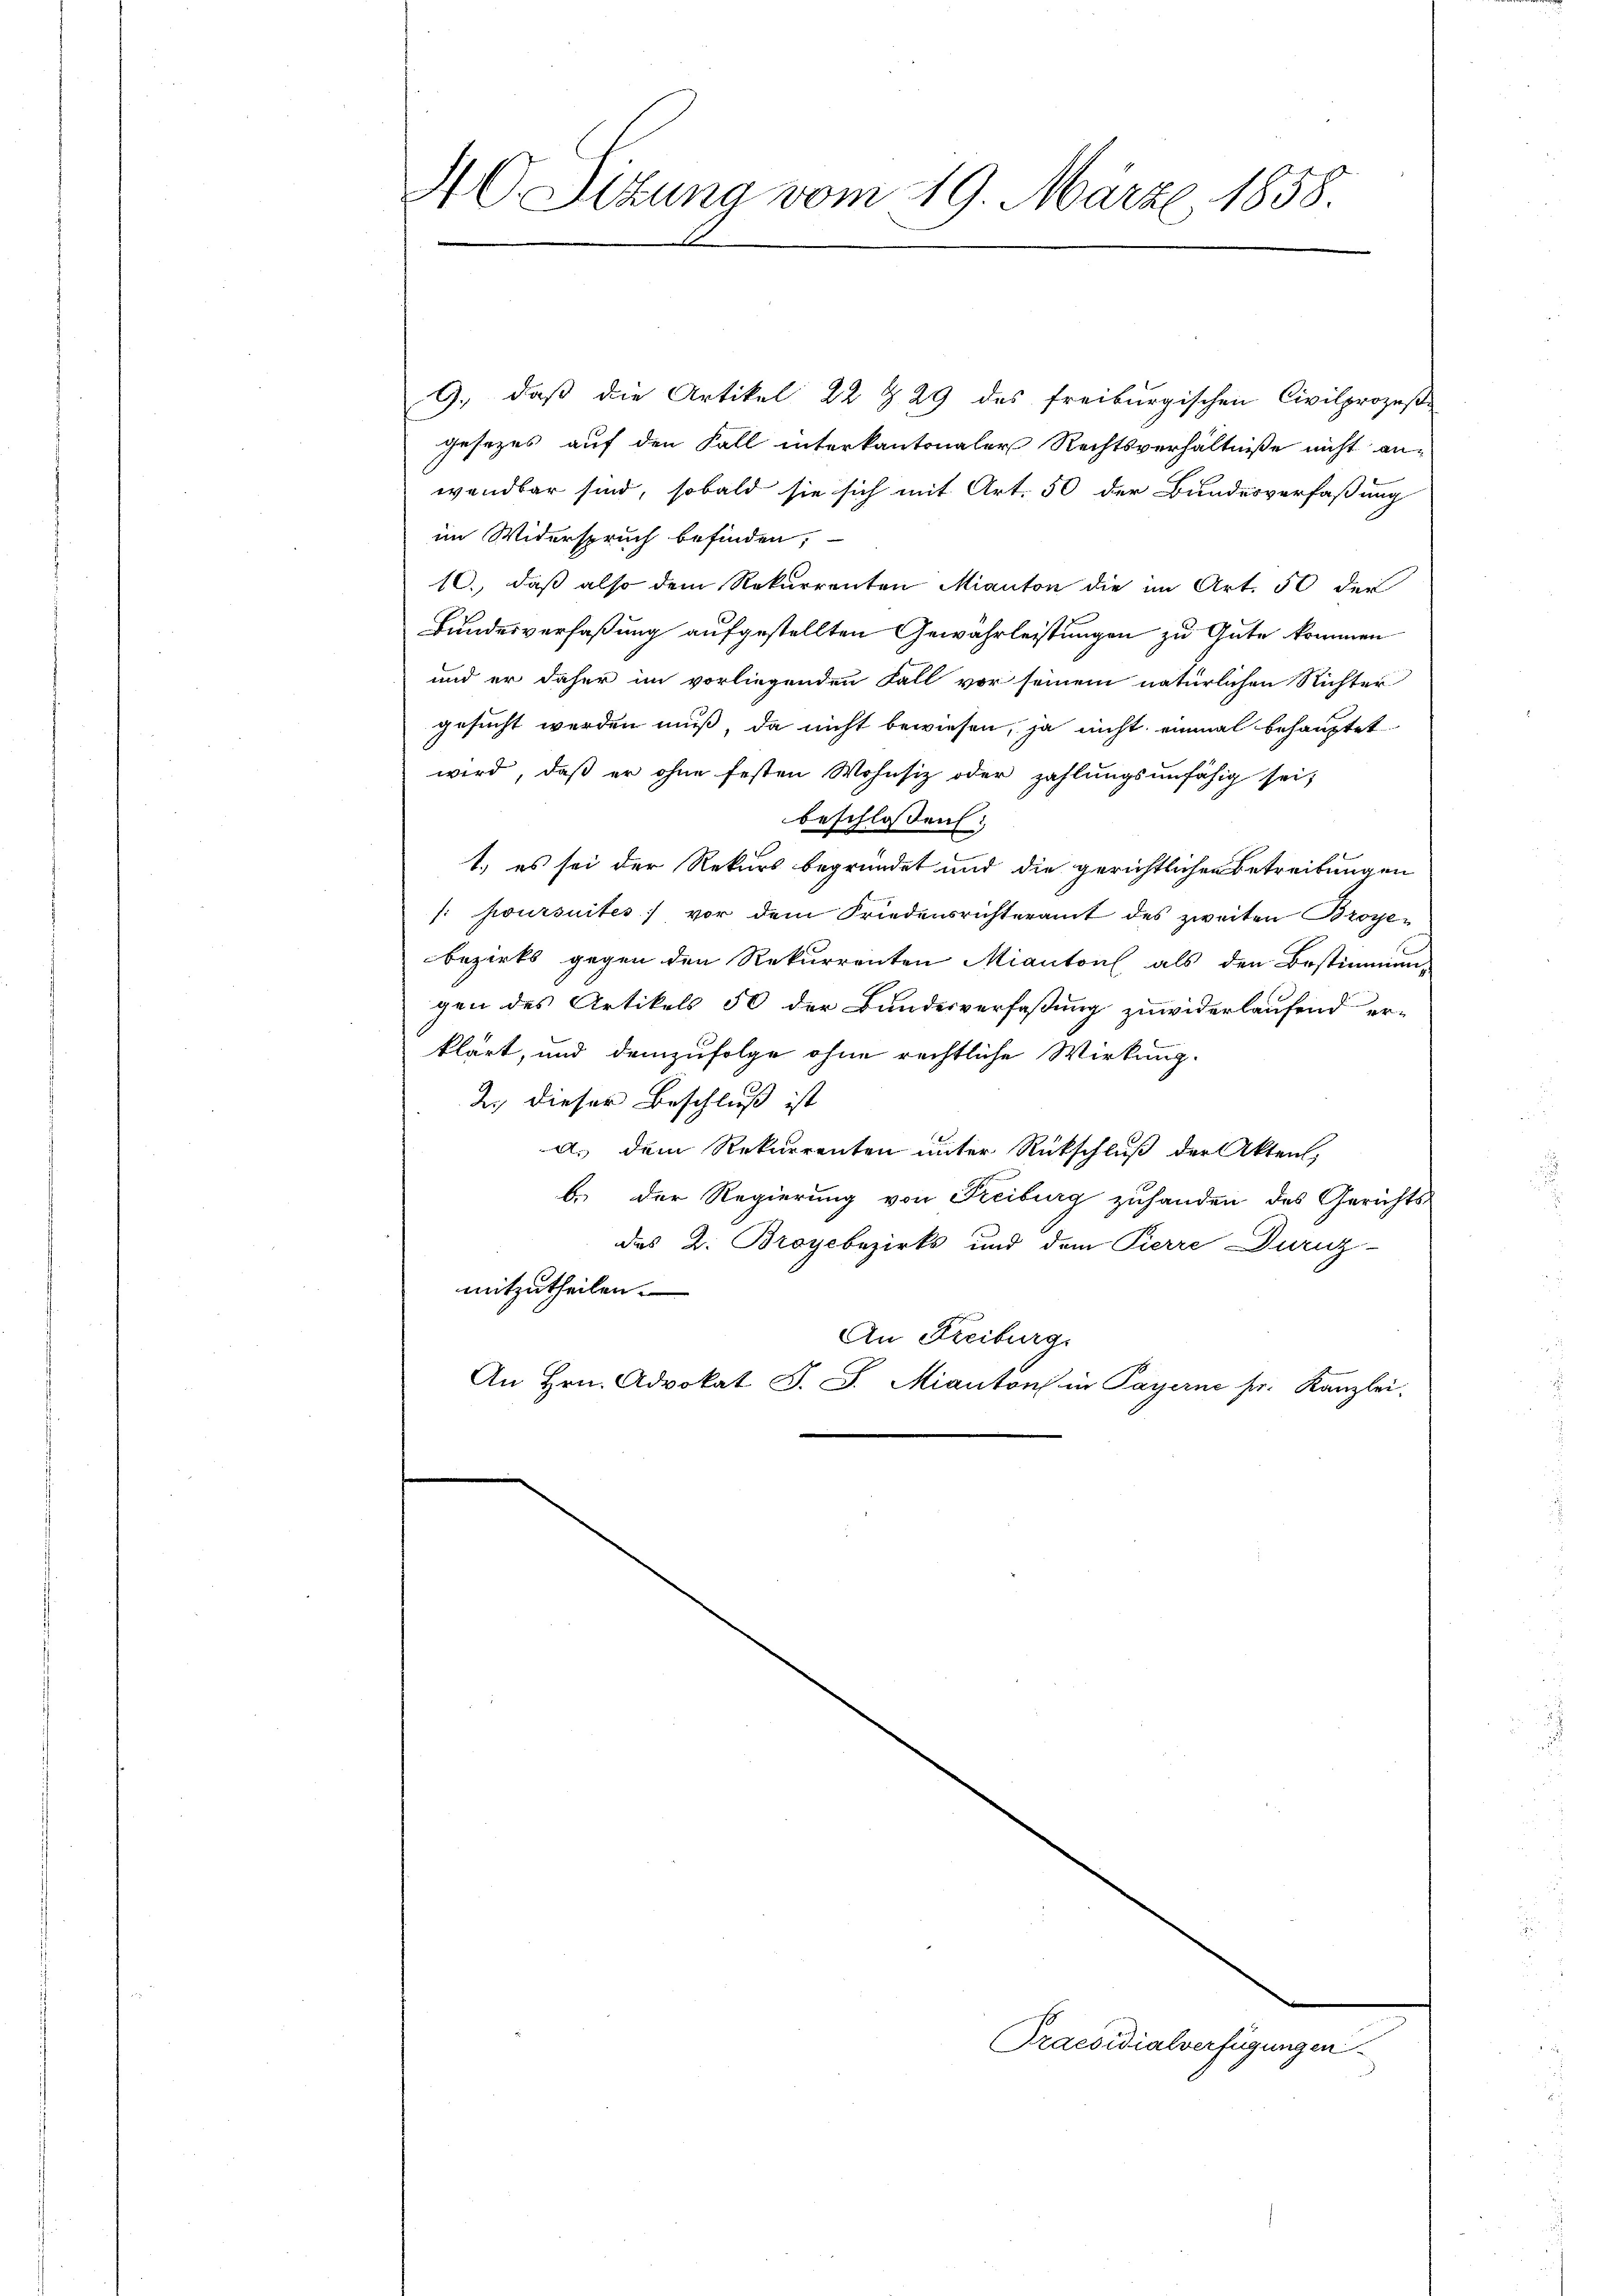
40. Sitzung vom 19. März 1858.

G., daß die Artikel 22 § 29 des freiburgischen Civilprozeß-
gesezes auf den Fall interkantonaler Rechtsverhältniße nicht anwendbar sind, sobald sie sich mit Art. 50 der Bundesverfaßung
im Widerspruch befinden,
10. daß also dem Rekurrenten Manton die im Art. 50 der
Bundesverfaßung aufgestellten Gewährleistungen zu Gute kommen
und er daher im vorliegenden Fall vor seinem natürlichen Richter
gesucht werden muß, da nicht bewiesen, ja nicht einmal behauptet
wird, daß er ohne festen Wohnsiz oder zahlungsunfähig sei;
beschlossen:
1.) es sei der Rekurs begründet und die gerichtlichen Betreibungen
: poursuites vor dem Friedensrichteramt des zweiten Broyebezirks gegen den Rekurrenten Miantons, als den Bestimmun-
gen des Artikels 50 der Bundesverfaßung zuwiderlaufend er-
klärt, und demzufolge ohne rechtliche Wirkung.
2. dieser Beschluß ist
a. dem Rekurrenten unter Rückschluß der Akten,
b. Der Regierung von Freiburg zuhanden des Gerichts-
des 2. Broyebezirks und dem Pierre Dirnz-
mitzutheilen.
An Freiburg.
An Hrn. Advokat J. J. Miantons in Payerne sr. Kanzlei.

Praesidialverfügungen